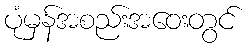
ပုံမှန်အစည်းအဝေးတွင်